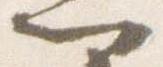
門